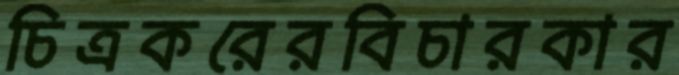
চিত্রকরেরবিচারকার